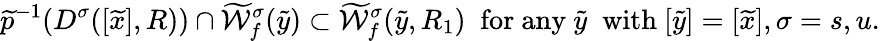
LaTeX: \widetilde{p}^{-1}(D^{\sigma}([\widetilde{x}],R))\cap\widetilde{{\mathcal W}}_{f}^{\sigma}(\widetilde{y})\subset\widetilde{{\mathcal W}}_{f}^{\sigma}(\widetilde{y},R_{1})\; \mathrm{~for~any~}\widetilde{y}\; \mathrm{~with~}[\widetilde{y}]=[\widetilde{x}],\sigma=s,u.